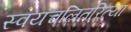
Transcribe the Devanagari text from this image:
स्वयंचलितरित्या